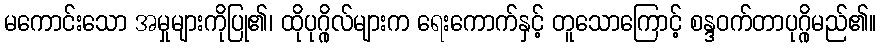
မကောင်းသော အမှုများကိုပြု၏၊ ထိုပုဂ္ဂိုလ်များက ရေးကောက်နှင့် တူသောကြောင့် စန္ဒဝက်တာပုဂ္ဂိုမည်၏။